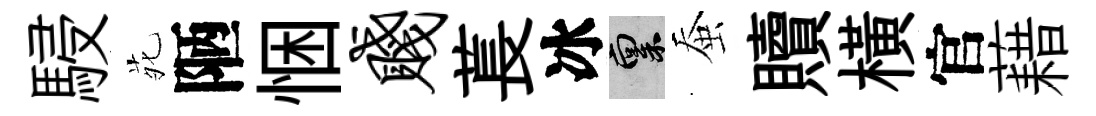
駸𫟍陋悃贱萇冰禀蚕贖橫官藉